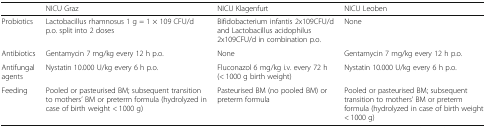
<table><thead><tr><td></td><td><b>NICU Graz</b></td><td><b>NICU Klagenfurt</b></td><td><b>NICU Leoben</b></td></tr></thead><tbody><tr><td>Probiotics</td><td>Lactobacillus rhamnosus 1 g = 1 × 109 CFU/d p.o. split into 2 doses</td><td>Bifidobacterium infantis 2x109CFU/d and Lactobacillus acidophilus 2x109CFU/d in combination p.o.</td><td>None</td></tr><tr><td>Antibiotics</td><td>Gentamycin 7 mg/kg every 12 h p.o.</td><td>None</td><td>Gentamycin 7 mg/kg every 12 h p.o.</td></tr><tr><td>Antifungal agents</td><td>Nystatin 10.000 U/kg every 6 h p.o.</td><td>Fluconazol 6 mg/kg i.v. every 72 h (&lt; 1000 g birth weight)</td><td>Nystatin 10.000 U/kg every 6 h p.o.</td></tr><tr><td>Feeding</td><td>Pooled or pasteurised BM; subsequent transition to mothers’ BM or preterm formula (hydrolyzed in case of birth weight &lt; 1000 g)</td><td>Pasteurised BM (no pooled BM) or preterm formula</td><td>Pooled or pasteurised BM; subsequent transition to mothers’ BM or preterm formula (hydrolyzed in case of birth weight &lt; 1000 g)</td></tr></tbody></table>